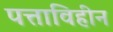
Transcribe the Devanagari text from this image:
पत्ताविहीन